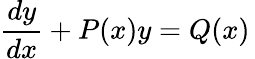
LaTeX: {\frac{dy}{dx}}+P(x)y=Q(x)\,